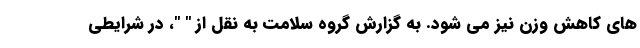
های کاهش وزن نیز می شود. به گزارش گروه سلامت به نقل از " "، در شرایطی